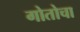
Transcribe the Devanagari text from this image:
गोतोचा